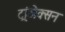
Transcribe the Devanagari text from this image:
ट्रांजेक्सन